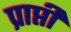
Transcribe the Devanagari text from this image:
प्राप्ती